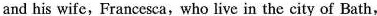
and his wife,Francesca,who live in the city of Bath,